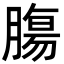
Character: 膓